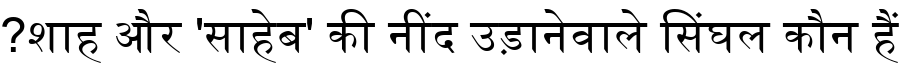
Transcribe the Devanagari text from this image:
‏शाह और 'साहेब' की नींद उड़ानेवाले सिंघल कौन हैं?